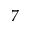
7